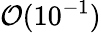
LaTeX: \mathcal{O}(10^{-1})